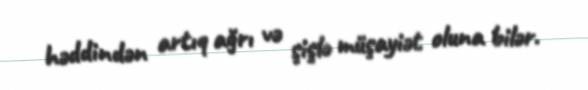
həddindən artıq ağrı və şişlə müşayiət oluna bilər.